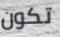
تكون